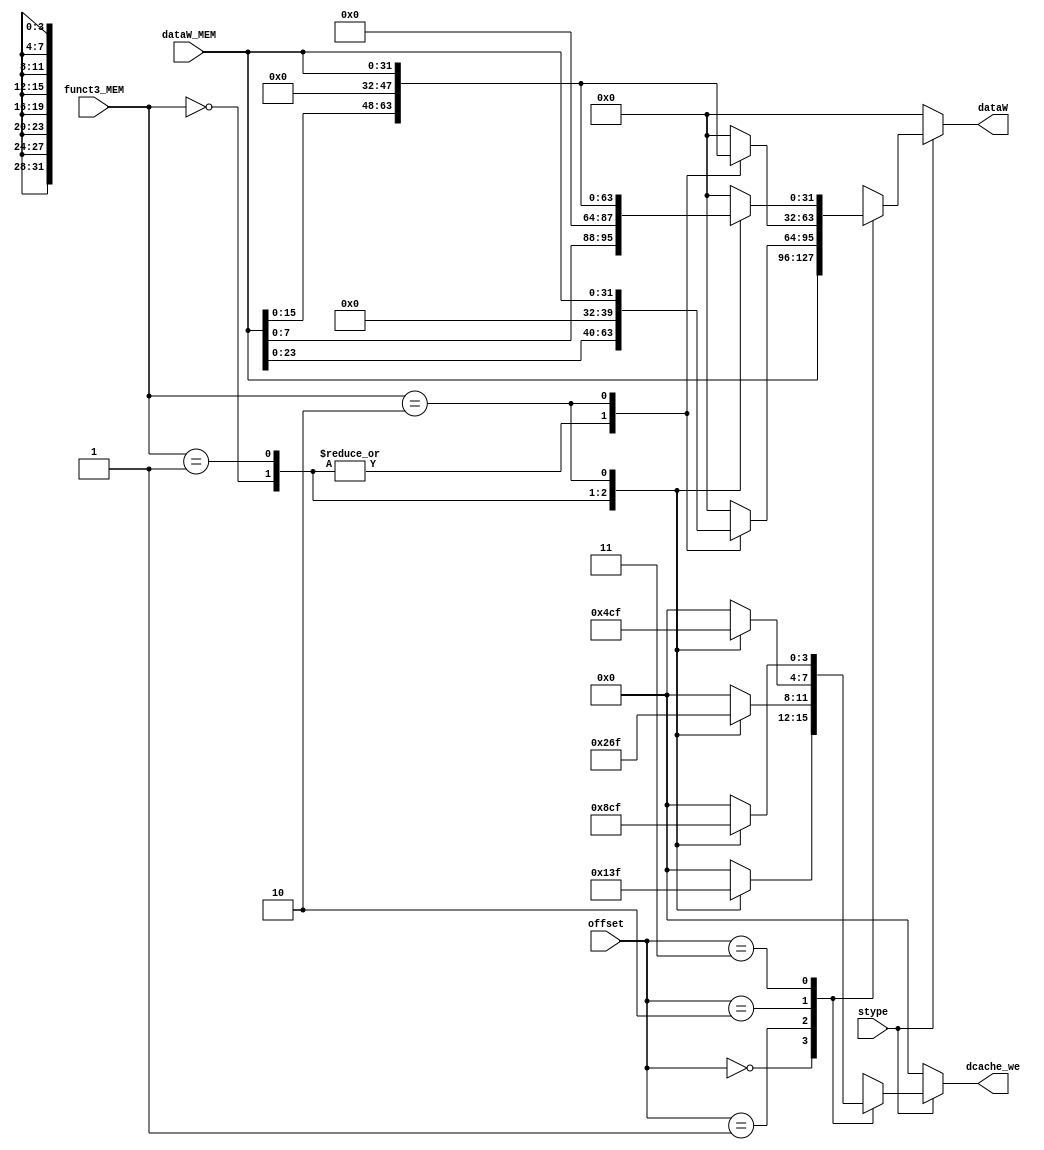
module Store_mask(
	input stype,
	input [1:0] offset,
	input [1:0] funct3_MEM, //only the lower 2-bit of funct3
	input [31:0] dataW_MEM,
	output reg [3:0] dcache_we,
	output reg [31:0] dataW
	);
	
	always@(*) begin
		dcache_we 	= 4'b0000;
		dataW 		= 32'd0;
		if(stype) begin
			case(offset) 
				2'd0: 
				begin
					case(funct3_MEM)
						2'b00:	//store byte
						begin
							dcache_we 	= 4'b0001;
							dataW 		= dataW_MEM;
						end
						2'b01:	//store halfword
						begin
							dcache_we 	= 4'b0011;
							dataW 		= dataW_MEM;
						end
						2'b10:	//store word
						begin
							dcache_we 	= 4'b1111;
							dataW 		= dataW_MEM;
						end
						default:
						begin
							dcache_we 	= 4'b0000;
							dataW 		= dataW_MEM;
						end
					endcase
				end
				2'd1:
				begin
					case(funct3_MEM)
						2'b00:	//store byte
						begin
							dcache_we = 4'b0010;
							dataW = {dataW_MEM[23:0], 8'd0};
						end
						2'b01:	//store halfword
						begin
							dcache_we = 4'b0110;
							dataW = {dataW_MEM[23:0], 8'd0};
						end
						2'b10:	//store word ???
						begin
							dcache_we = 4'b1111;
							dataW = dataW_MEM;
						end
						default:
						begin
							dcache_we = 4'b0000;
						end
					endcase
				end
				2'd2:
				begin
					case(funct3_MEM)
						2'b00:	//store byte
						begin
							dcache_we = 4'b0100;
							dataW = {dataW_MEM[15:0], 16'd0};
						end
						2'b01:	//store halfword
						begin
							dcache_we = 4'b1100;
							dataW = {dataW_MEM[15:0], 16'd0};
						end
						2'b10:	//store word 
						begin
							dcache_we = 4'b1111;
							dataW = dataW_MEM;
						end
						default:
						begin
							dcache_we = 4'b0000;
						end
					endcase
				end
				2'd3:
				begin
					case(funct3_MEM)
						2'b00:	//store byte
						begin
							dcache_we = 4'b1000;
							dataW = {dataW_MEM[7:0], 24'd0};
						end
						2'b01:	//store halfword ???
						begin
							dcache_we = 4'b1100;
							dataW = {dataW_MEM[15:0], 16'd0};
						end
						2'b10:	//store word
						begin
							dcache_we = 4'b1111;
							dataW = dataW_MEM;
						end
						default:
						begin
							dcache_we = 4'b0000;
						end
					endcase
				end
				default:
				begin
					dataW 		= 32'd0;
					dcache_we 	= 4'd0;
				end
			endcase
		end
		else begin
			dcache_we 	= 4'b0000;
			dataW 		= 32'd0;
		end
	end
endmodule